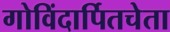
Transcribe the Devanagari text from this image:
गोविंदार्पितचेता